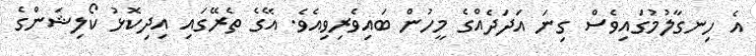
އެ ހިނގާލުމުގައިވެސް ގިނަ އަދަދެއްގެ މީހުން ބައިވެރިވިއެވެ. އޭގެ ތެރޭގައި އިދިކޮޅު ކޯލިޝަންގެ